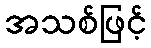
အသစ်ဖြင့်